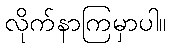
လိုက်နာကြမှာပါ။